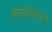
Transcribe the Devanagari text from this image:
बर्गथिएटर